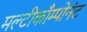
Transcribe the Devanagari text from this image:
मल्टीकाँम्पोनंट